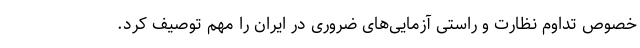
خصوص تداوم نظارت و راستی آزمایی‌های ضروری در ایران را مهم توصیف کرد.